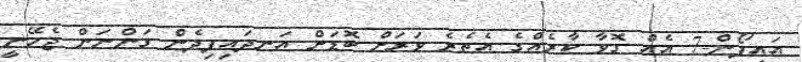
އައިފޯން-7 އެއް ގޮވާ ކާރެއްގެ އެތެރެ ވަރަށް ބޮޑަށް އަނދައިފިދެން ގަންނަން ޖެހޭނީ